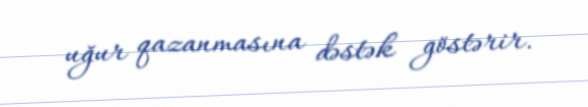
uğur qazanmasına dəstək göstərir.